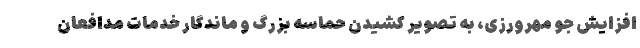
افزایش جوّ مهرورزی، به تصویر کشیدن حماسه بزرگ و ماندگار خدمات مدافعان